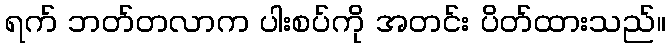
ရက် ဘတ်တလာက ပါးစပ်ကို အတင်း ပိတ်ထားသည်။